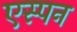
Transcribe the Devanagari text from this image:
एस्पन